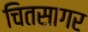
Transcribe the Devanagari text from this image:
चितसागर